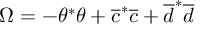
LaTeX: \Omega = - \theta ^ { * } \theta + \overline { { c } } ^ { * } \overline { { c } } + \overline { { d } } ^ { * } \overline { { d } }